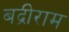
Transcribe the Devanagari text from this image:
बद्रीराम